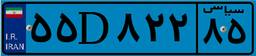
۵۵D۸۲۲۸۵